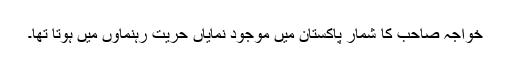
خواجہ صاحب کا شمار پاکستان میں موجود نمایاں حریت رہنماوں میں ہوتا تھا۔